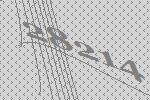
28214